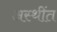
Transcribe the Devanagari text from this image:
अस्थींत